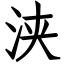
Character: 浃